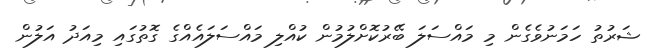
ޝަރުތު ހަމަނުވެގެން މި މައްސަލަ ބޭރުކޮށްލުމުން ކުއްލި މައްސަލައެއްގެ ގޮތުގައި މިއަދު އަލުން